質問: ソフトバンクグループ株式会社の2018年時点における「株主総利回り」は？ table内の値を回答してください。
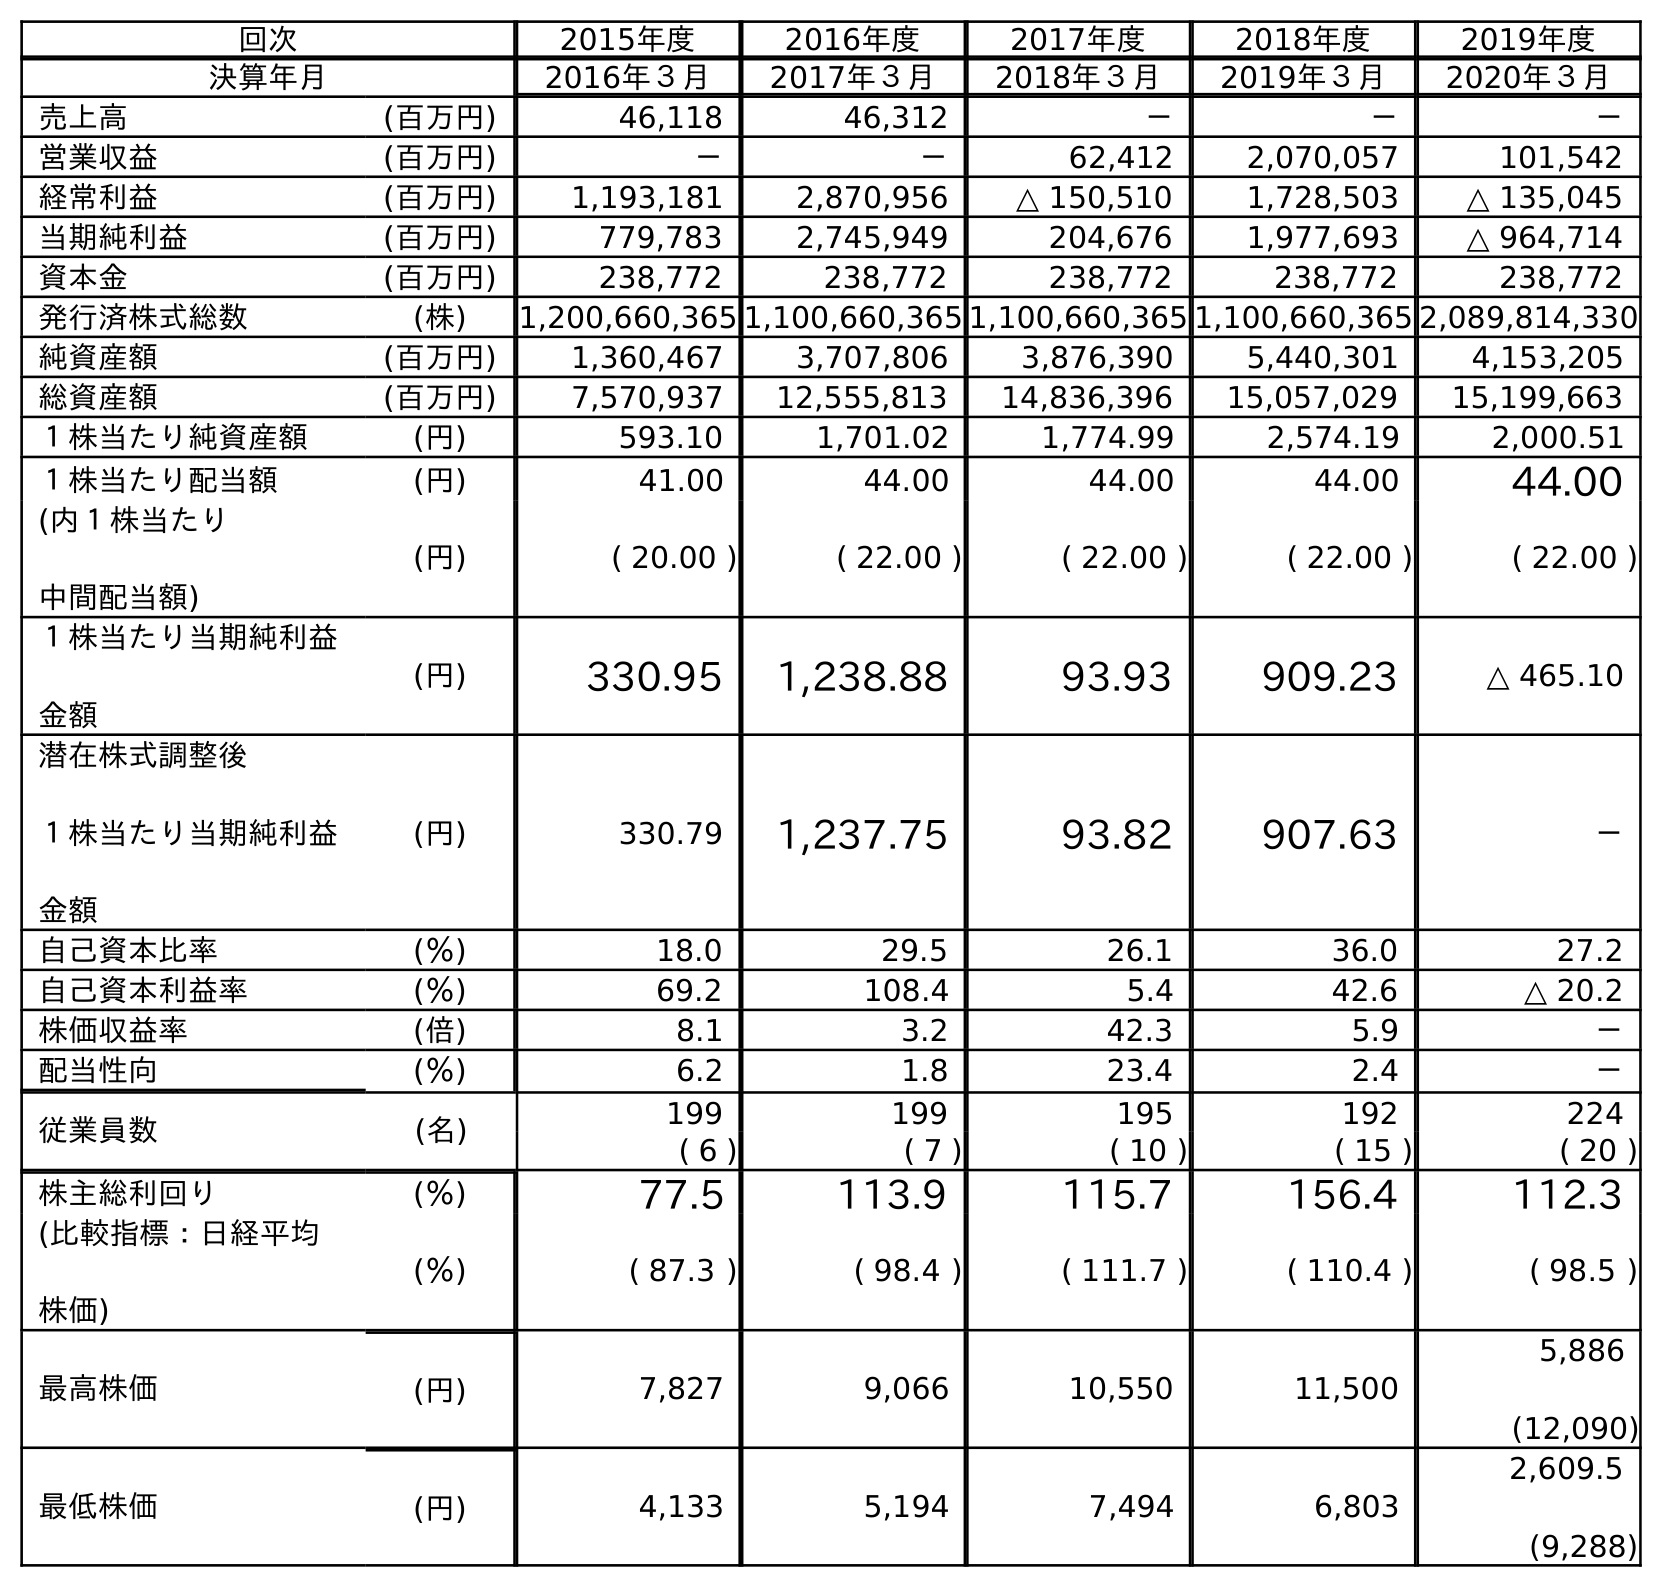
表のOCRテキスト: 回次 2015年度 2016年度 2017年度 2018年度 2019年度 決算年月 2016年３月 2017年３月 2018年３月 2019年３月 2020年３月 売上高 (百万円) 46,118 46,312 － － － 営業収益 (百万円) － － 62,412 2,070,057 101,542 経常利益 (百万円) 1,193,181 2,870,956 △ 150,510 1,728,503 △ 135,045 当期純利益 (百万円) 779,783 2,745,949 204,676 1,977,693 △ 964,714 資本金 (百万円) 238,772 238,772 238,772 238,772 238,772 発行済株式総数 (株) 1,200,660,365 1,100,660,365 1,100,660,365 1,100,660,365 2,089,814,330 純資産額 (百万円) 1,360,467 3,707,806 3,876,390 5,440,301 4,153,205 総資産額 (百万円) 7,570,937 12,555,813 14,836,396 15,057,029 15,199,663 １株当たり純資産額 (円) 593.10 1,701.02 1,774.99 2,574.19 2,000.51 １株当たり配当額 (円) 41.00 44.00 44.00 44.00 44.00 (内１株当たり 中間配当額) (円) ( 20.00 ) ( 22.00 ) ( 22.00 ) ( 22.00 ) ( 22.00 ) １株当たり当期純利益 金額 (円) 330.95 1,238.88 93.93 909.23 △ 465.10 潜在株式調整後 １株当たり当期純利益 金額 (円) 330.79 1,237.75 93.82 907.63 － 自己資本比率 (％) 18.0 29.5 26.1 36.0 27.2 自己資本利益率 (％) 69.2 108.4 5.4 42.6 △ 20.2 株価収益率 (倍) 8.1 3.2 42.3 5.9 － 配当性向 (％) 6.2 1.8 23.4 2.4 － 従業員数 (名) 199 199 195 192 224 ( 6 ) ( 7 ) ( 10 ) ( 15 ) ( 20 ) 株主総利回り (％) 77.5 113.9 115.7 156.4 112.3 (比較指標：日経平均 株価) (％) ( 87.3 ) ( 98.4 ) ( 111.7 ) ( 110.4 ) ( 98.5 ) 最高株価 (円) 7,827 9,066 10,550 11,500 5,886 (12,090) 最低株価 (円) 4,133 5,194 7,494 6,803 2,609.5 (9,288)
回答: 115.7